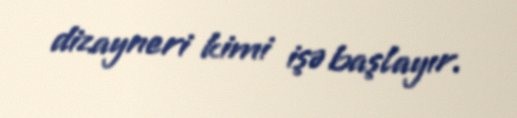
dizayneri kimi işə başlayır.